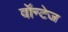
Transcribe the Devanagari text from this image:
वॉन्टेज